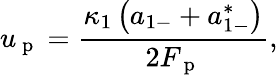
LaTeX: u_{\mathrm{~p~}}=\frac{\kappa_{1}\left(a_{1-}+a_{1-}^{*}\right)}{2F_{\mathrm{~p~}}},